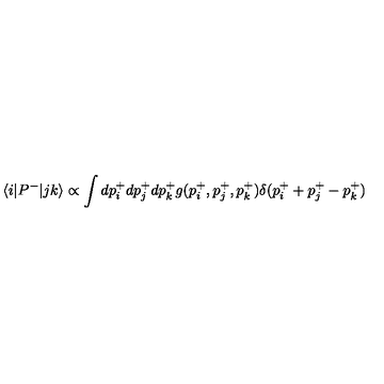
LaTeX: \langle i | P ^ { - } | j k \rangle \propto \int d p _ { i } ^ { + } d p _ { j } ^ { + } d p _ { k } ^ { + } g ( p _ { i } ^ { + } , p _ { j } ^ { + } , p _ { k } ^ { + } ) \delta ( p _ { i } ^ { + } + p _ { j } ^ { + } - p _ { k } ^ { + } )